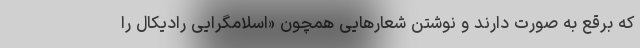
که برقع به صورت دارند و نوشتن شعارهایی همچون «اسلامگرایی رادیکال را